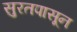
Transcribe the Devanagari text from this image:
सुरतपासून